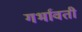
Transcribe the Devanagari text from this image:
गर्भावती